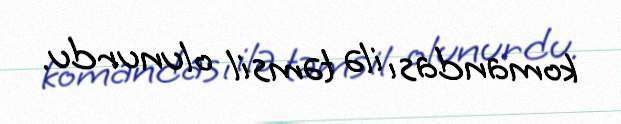
komandası ilə təmsil olunurdu.